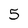
Character: 5